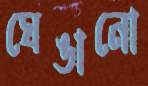
ঘেঙানো